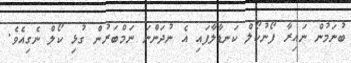
ބުނަމުން ނައިރާ ފޯނުކޯލް ކަނޑާލާފައި އެ ނުދަންނަ ނަމްބަރުން ގުޅި ކޯލް ނެގިއެވެ.